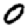
Digit: 0